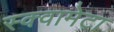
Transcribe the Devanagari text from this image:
स्क्वामेटा